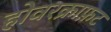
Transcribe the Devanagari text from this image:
होवरक्राफ़ट